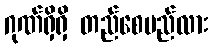
ဂုဏ်ရှိရှိ တည်စေမည်လား